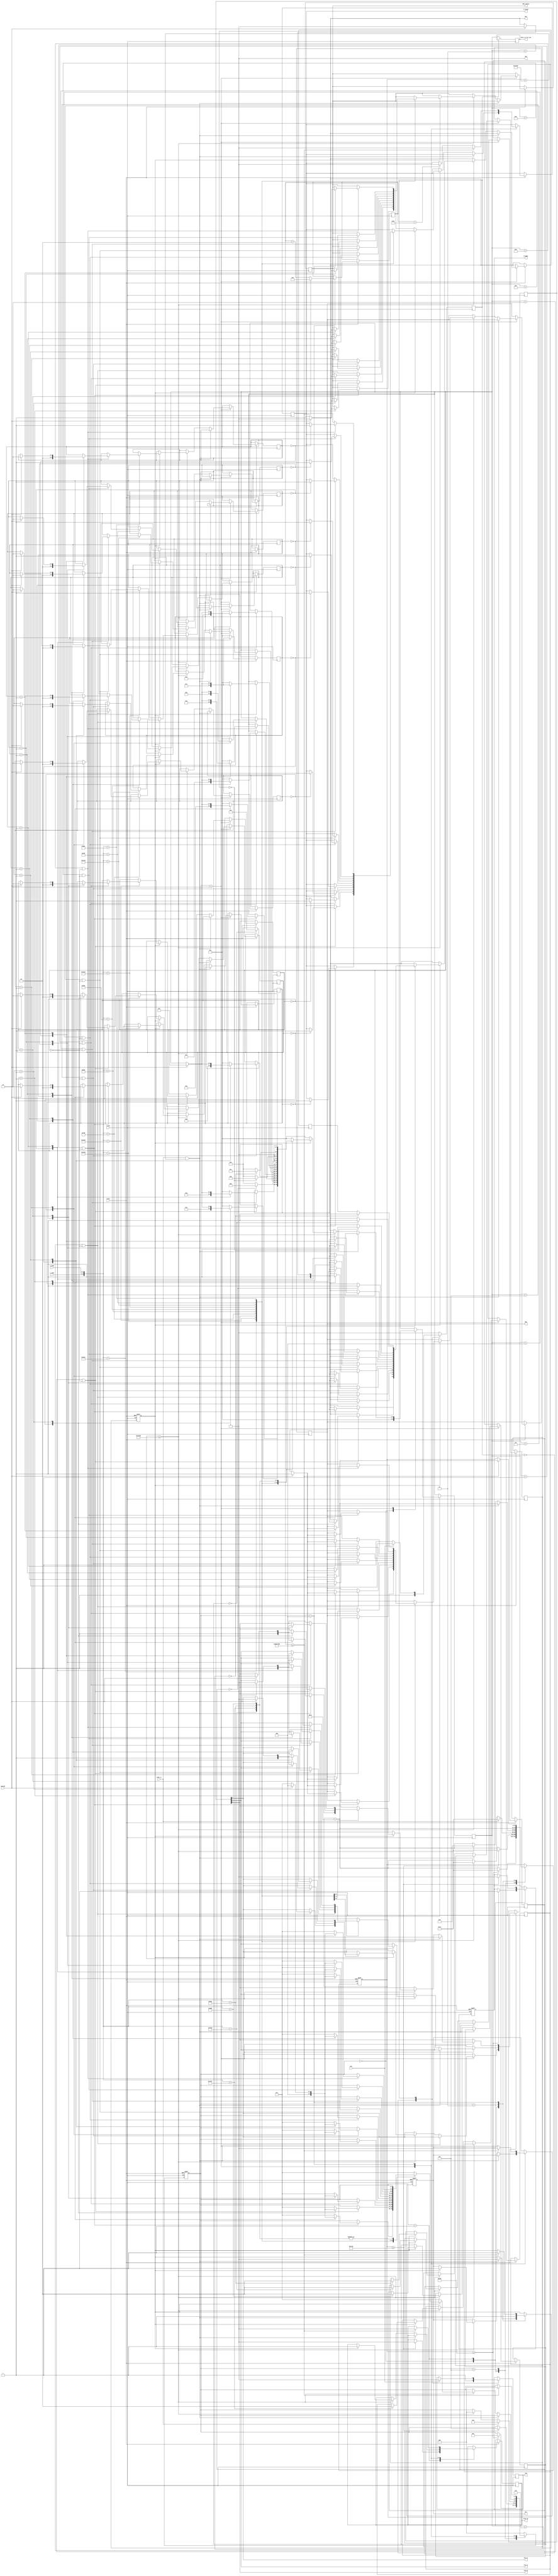
module Fault_Identification (
    input reset, 
	 input clock, 
	 input echo_rx,
	 input [7:0] c_node, n_node,
    output reg trigger, out,
	 output reg [4:0] fault_or_col_cdc,
	 output reg blue_on,
	 output reg ema,
	 output reg f_found,
	 output reg emb,
	 output reg bdm_convey,
	 input paused,
	 output fim_eu,
	 output fim_ru,
	 output fim_cu,
	 output reg bdm,
	 output reg req,
	 input ack
);
reg [21:0] pulses;
reg [2:0] state;
reg [1:0] forc_detect [0:15];
reg [2:0] fim;
integer i = 0;
reg [4:0] fault_or_col;
reg flag=0;
reg cdc_state;
integer counter = 0;
assign fim_eu = fim[0];
assign fim_ru = fim[1];
assign fim_cu = fim[2];

initial begin
	 trigger = 0; out = 0; pulses = 0; state = 0; blue_on = 0; fault_or_col = 5'd0;
	 fault_or_col_cdc = 5'd0;
	f_found = 1'b0;
	ema = 1'b0;
	emb = 1'b0;
	fim[0] = 1'b0; fim[1] = 1'b0; fim [2] = 1'b0;
	bdm = 1'b0;
	bdm_convey = 1'b0;
	cdc_state = S0;
	req = 1'b0;
	forc_detect[1] = 2'b0; forc_detect[2] = 2'b0; forc_detect[3] = 2'b0; forc_detect[4] = 2'b0; forc_detect[5] = 2'b0; forc_detect[6] = 2'b0; forc_detect[7] = 2'b0; forc_detect[8] = 2'b0; forc_detect[9] = 2'b0; forc_detect[10] = 2'b0; forc_detect[11] = 2'b0; forc_detect[12] = 2'b0; forc_detect[13] = 2'b0; forc_detect[14] = 2'b0; forc_detect[15] = 2'b0;
end
parameter S0=0,S1=1,S2=2,S3=3,S4=4,hold=5;
parameter   NONE = 5'd0,
				ESU1 = 5'd1,
				ESU2 = 5'd2,
				ESU3 = 5'd3,
				CSU1 = 5'd4,
				CSU2 = 5'd5,
				CSU3 = 5'd6,
				RSU1 = 5'd7,
				RSU2 = 5'd8,
				RSU3 = 5'd9,
				RSU4 = 5'd10,
				B1	  = 5'd11,
				B2	  = 5'd12,
				B3   = 5'd13,
				B4   = 5'd14,
				BDM  = 5'd15,
				STOP = 5'd31;
			

//FSM implementation of ultrasonic sensor which detects a pillar or a fault and give sinformation regrading it based on the exact location in the unit where it is found
always @(posedge clock or negedge reset)
begin
	if(!reset)
	begin
		state<=S0;
		out<=0;
		pulses<=0;
		trigger<=0;
		flag<=1;
	end
	
	else
	begin
		case(state)
		S0: begin if(pulses>=1000) begin state<=S1; trigger<=1;pulses<=20; end else pulses<=(pulses+20); fault_or_col <= NONE; end
		S1: begin if(pulses>=10000) begin state<=hold; trigger<=0;pulses<=20;blue_on <= 1'b0; end else pulses<=(pulses+20); end
	 hold: begin if(echo_rx==1) begin state <= S2; pulses <= 20; end else if(pulses>=1000000) begin state <= S0;pulses <= 20; end else pulses<=(pulses+20); end
		S2: begin  
//				if((echo_rx==1 && pulses>588200) || (echo_rx==0 && pulses<588200))
				if((echo_rx==1 && pulses>470600))
					begin flag<=0;pulses<=(pulses+20); end
				else if(pulses>=1000000)
					begin pulses<=0;
							if(flag==1) 
							begin 
								out<=1; blue_on <= 1'b1; 
								case({c_node, n_node})
									{8'd29, 8'd28} : begin if(fault_or_col == ESU3 || fault_or_col == NONE)// || fault_or_col == B1 || fault_or_col == B2 || fault_or_col == B3 || fault_or_col == B4)
																	case(forc_detect[ESU3]) 
																		2'b00 : begin fim[0] <= 1'b1; fault_or_col <= ESU3; f_found <= 1'b1; forc_detect[ESU3] <= 1'b1; ema <= 1'b1; state <= S4; end 
																		2'b01 : begin  if(paused) begin state <= S4; bdm <= 1'b1; fim[0] <= 1'b0; forc_detect[ESU3] <= 2'b10; fault_or_col <= BDM; ema <= 1'b0; bdm_convey <= 1'b0; end else begin bdm_convey <= 1'b1; state <= S3; end end
																		default: begin fault_or_col <= NONE; state <= S3; end
																	endcase
															end
									{8'd26, 8'd27} : begin if(fault_or_col == ESU2 || fault_or_col == NONE)// || fault_or_col == B1 || fault_or_col == B2 || fault_or_col == B3 || fault_or_col == B4)
																  case(forc_detect[ESU2]) 
																		2'b00 : begin state <= S4; fim[0] <= 1'b1; fault_or_col <= ESU2; f_found <= 1'b1; forc_detect[ESU2] <= 2'b01; ema <= 1'b1; end
																		2'b01 : begin if(paused) begin state <= S4; bdm <= 1'b1; fim[0] <= 1'b0; forc_detect[ESU2] <= 2'b10; fault_or_col <= BDM; ema <= 1'b0; bdm_convey <= 1'b0; end else begin bdm_convey <= 1'b1; state <= S3; end end	
																		default: begin fault_or_col <= NONE; state <= S3; end
																  endcase
															end
									{8'd25, 8'd24}	: begin  if(fault_or_col == ESU1 || fault_or_col == NONE)// || fault_or_col == B1 || fault_or_col == B2 || fault_or_col == B3 || fault_or_col == B4)
																	 case(forc_detect[ESU1]) 
																		2'b00 : begin state <= S4; fim[0] <= 1'b1; fault_or_col <= ESU1; f_found <= 1'b1; forc_detect[ESU1] <= 2'b01; ema <= 1'b1; end 
																		2'b01 : begin if(paused) begin state <= S4; bdm <= 1'b1; fim[0] <= 1'b0; forc_detect[ESU1] <= 2'b10; fault_or_col <= BDM; ema <= 1'b0; bdm_convey <= 1'b0; end else begin bdm_convey <= 1'b1; state <= S3; end end	
																		default: begin fault_or_col <= NONE; state <= S3; end
																	 endcase
															end
									{8'd7	, 8'd6 } : begin if(fault_or_col == CSU3 || fault_or_col == NONE)// || fault_or_col == B1 || fault_or_col == B2 || fault_or_col == B3 || fault_or_col == B4)
																	 case(forc_detect[CSU3]) 
																		2'b00 : begin state <= S4; fim[2] <= 1'b1; fault_or_col <= CSU3; f_found <= 1'b1; forc_detect[CSU3] <= 2'b01; ema <= 1'b1; end 
																		2'b01 : begin if(paused) begin state <= S4; bdm <= 1'b1; fim[2] <= 1'b0; forc_detect[CSU3] <= 2'b10; fault_or_col <= BDM; ema <= 1'b0; bdm_convey <= 1'b0; end else begin bdm_convey <= 1'b1; state <= S3; end end	
																		default: begin fault_or_col <= NONE; state <= S3; end
																	 endcase
															end
									{8'd5 , 8'd4 } : begin if(fault_or_col == CSU2 || fault_or_col == NONE)// || fault_or_col == B1 || fault_or_col == B2 || fault_or_col == B3 || fault_or_col == B4)
																	 case(forc_detect[CSU2]) 
																		2'b00 : begin state <= S4; fim[2] <= 1'b1; fault_or_col <= CSU2; f_found <= 1'b1; forc_detect[CSU2] <= 2'b01; ema <= 1'b1; end 
																		2'b01 : begin if(paused) begin state <= S4; bdm <= 1'b1; fim[2] <= 1'b0; forc_detect[CSU2] <= 2'b10; fault_or_col <= BDM; ema <= 1'b0; bdm_convey <= 1'b0; end else begin bdm_convey <= 1'b1; state <= S3; end end	
																		default: begin fault_or_col <= NONE; state <= S3; end
																	 endcase
															end
									{8'd3 , 8'd2 } : begin if(fault_or_col == CSU1 || fault_or_col == NONE)// || fault_or_col == B1 || fault_or_col == B2 || fault_or_col == B3 || fault_or_col == B4)
																	 case(forc_detect[CSU1]) 
																		2'b00 : begin state <= S4; fim[2] <= 1'b1; fault_or_col <= CSU1; f_found <= 1'b1; forc_detect[CSU1] <= 2'b01; ema <= 1'b1; end 
																		2'b01 : begin if(paused) begin state <= S4; bdm <= 1'b1; fim[2] <= 1'b0; forc_detect[CSU1] <= 2'b10; fault_or_col <= BDM; ema <= 1'b0; bdm_convey <= 1'b0; end else begin bdm_convey <= 1'b1; state <= S3; end end	
																		default: begin fault_or_col <= NONE; state <= S3; end
																	 endcase
															end
									{8'd19, 8'd18} : begin if(fault_or_col == RSU1 || fault_or_col == NONE)// || fault_or_col == B1 || fault_or_col == B2 || fault_or_col == B3 || fault_or_col == B4)
																	 case(forc_detect[RSU1]) 
																		2'b00 : begin state <= S4; fim[1] <= 1'b1; fault_or_col <= RSU1; f_found <= 1'b1; forc_detect[RSU1] <= 2'b01; ema <= 1'b1; end 
																		2'b01 : begin if(paused) begin state <= S4; bdm <= 1'b1; fim[1] <= 1'b0; forc_detect[RSU1] <= 2'b10; fault_or_col <= BDM; ema <= 1'b0; bdm_convey <= 1'b0; end else begin bdm_convey <= 1'b1; state <= S3; end end	
																		default: begin fault_or_col <= NONE; state <= S3; end
																	 endcase
															end
									{8'd17, 8'd16} : begin if(fault_or_col == RSU2 || fault_or_col == NONE)// || fault_or_col == B1 || fault_or_col == B2 || fault_or_col == B3 || fault_or_col == B4)
																	 case(forc_detect[RSU2]) 
																		2'b00 : begin state <= S4; fim[1] <= 1'b1; fault_or_col <= RSU2; f_found <= 1'b1; forc_detect[RSU2] <= 2'b01; ema <= 1'b1; end 
																		2'b01 : begin if(paused) begin state <= S4; bdm <= 1'b1; fim[1] <= 1'b0; forc_detect[RSU2] <= 2'b10; fault_or_col <= BDM; ema <= 1'b0; bdm_convey <= 1'b0; end else begin bdm_convey <= 1'b1; state <= S3; end end	
																		default: begin fault_or_col <= NONE; state <= S3; end
																	 endcase
															end
									{8'd14, 8'd15} : begin if(fault_or_col == RSU3 || fault_or_col == NONE)// || fault_or_col == B1 || fault_or_col == B2 || fault_or_col == B3 || fault_or_col == B4)
																	 case(forc_detect[RSU3]) 
																		2'b00 : begin state <= S4; fim[1] <= 1'b1; fault_or_col <= RSU1; f_found <= 1'b1; forc_detect[RSU3] <= 2'b01; ema <= 1'b1; end 
																		2'b01 : begin if(paused) begin state <= S4; bdm <= 1'b1; fim[1] <= 1'b0; forc_detect[RSU3] <= 2'b10; fault_or_col <= BDM; ema <= 1'b0; bdm_convey <= 1'b0; end else begin bdm_convey <= 1'b1; state <= S3; end end	
																		default: begin fault_or_col <= NONE; state <= S3; end
																	 endcase
															end
									{8'd13, 8'd12} : begin if(fault_or_col == RSU4 || fault_or_col == NONE)// || fault_or_col == B1 || fault_or_col == B2 || fault_or_col == B3 || fault_or_col == B4)
																	 case(forc_detect[RSU4]) 
																		2'b00 : begin state <= S4; fim[1] <= 1'b1; fault_or_col <= RSU4; f_found <= 1'b1; forc_detect[RSU4] <= 2'b01; ema <= 1'b1; end 
																		2'b01 : begin if(paused) begin state <= S4; bdm <= 1'b1; fim[1] <= 1'b0; forc_detect[RSU4] <= 2'b10; fault_or_col <= BDM; ema <= 1'b0; bdm_convey <= 1'b0; end else begin bdm_convey <= 1'b1; state <= S3; end end	
																		default: begin fault_or_col <= NONE; state <= S3; end
																	 endcase
															end
									{8'd21, 8'd22} : begin if(!forc_detect[B1]) 
																	begin fault_or_col <= B1; ema <= 1'b1;   end
																	else fault_or_col <= NONE; forc_detect[B1] <= 1'b1; 
															end
									{8'd21, 8'd23} : begin if(!forc_detect[B3]) 
																	begin fault_or_col <= B3; ema <= 1'b1;   end
																	else fault_or_col <= NONE; forc_detect[B3] <= 1'b1; 
															end
									{8'd9, 8'd10 } : begin if(!forc_detect[B2]) 
																	begin fault_or_col <= B2; ema <= 1'b1;   end
																	else fault_or_col <= NONE; forc_detect[B2] <= 1'b1; 
															end
									{8'd9, 8'd11 } : begin if(!forc_detect[B4]) 
																	begin fault_or_col <= B4; ema <= 1'b1;   end
																	else fault_or_col <= NONE; forc_detect[B4] <= 1'b1; 
															end
									default			: begin fault_or_col <= NONE; state <= S3; end
								endcase
							end
							else
							begin 
								state <= S3;
								fault_or_col <= NONE;
							end 
					end
				else
					pulses<=(pulses+20);
				end
		S3: begin flag<=1; state<=S0; pulses<=(pulses+20); end
		S4: begin if(counter >= 110000000) 
					 begin 
						state <= S0; counter <= 0; flag <= 1;out <= 0; pulses <= pulses + 20; f_found <= 1'b0;
						blue_on <= 1'b0;
					 end 
					 else 
					 begin 
						 counter <= counter + 1; 
						 if(counter == 50) begin f_found <= 1'b0; end
					 end 
			end
		default: state<=S0;
		endcase
	end
		
end

/*
Purpose:
CDC implementation for communication with uart transmitter to give information regarding the fault or column detected
*/	
always @(negedge clock)
begin
	case(cdc_state)
		S0: begin fault_or_col_cdc <= fault_or_col; req <= 1'b1; cdc_state <= S1; end
		S1: begin if(ack) begin cdc_state <= S0; req <= 1'b0;  end end
		default : begin cdc_state <= S0;	end
	endcase
end

endmodule